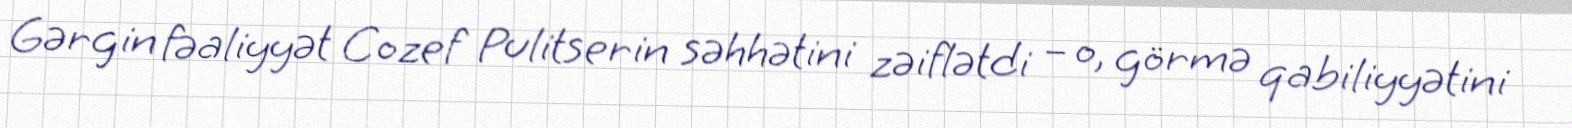
Gərgin fəaliyyət Cozef Pulitserin səhhətini zəiflətdi – o, görmə qabiliyyətini